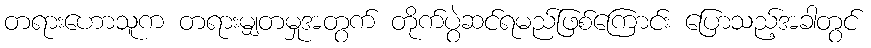
တရားဟောသူက တရားမျှတမှုအတွက် တိုက်ပွဲဆင်ရမည်ဖြစ်ကြောင်း ပြောသည့်အခါတွင်